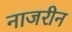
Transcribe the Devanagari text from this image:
नाजरीन